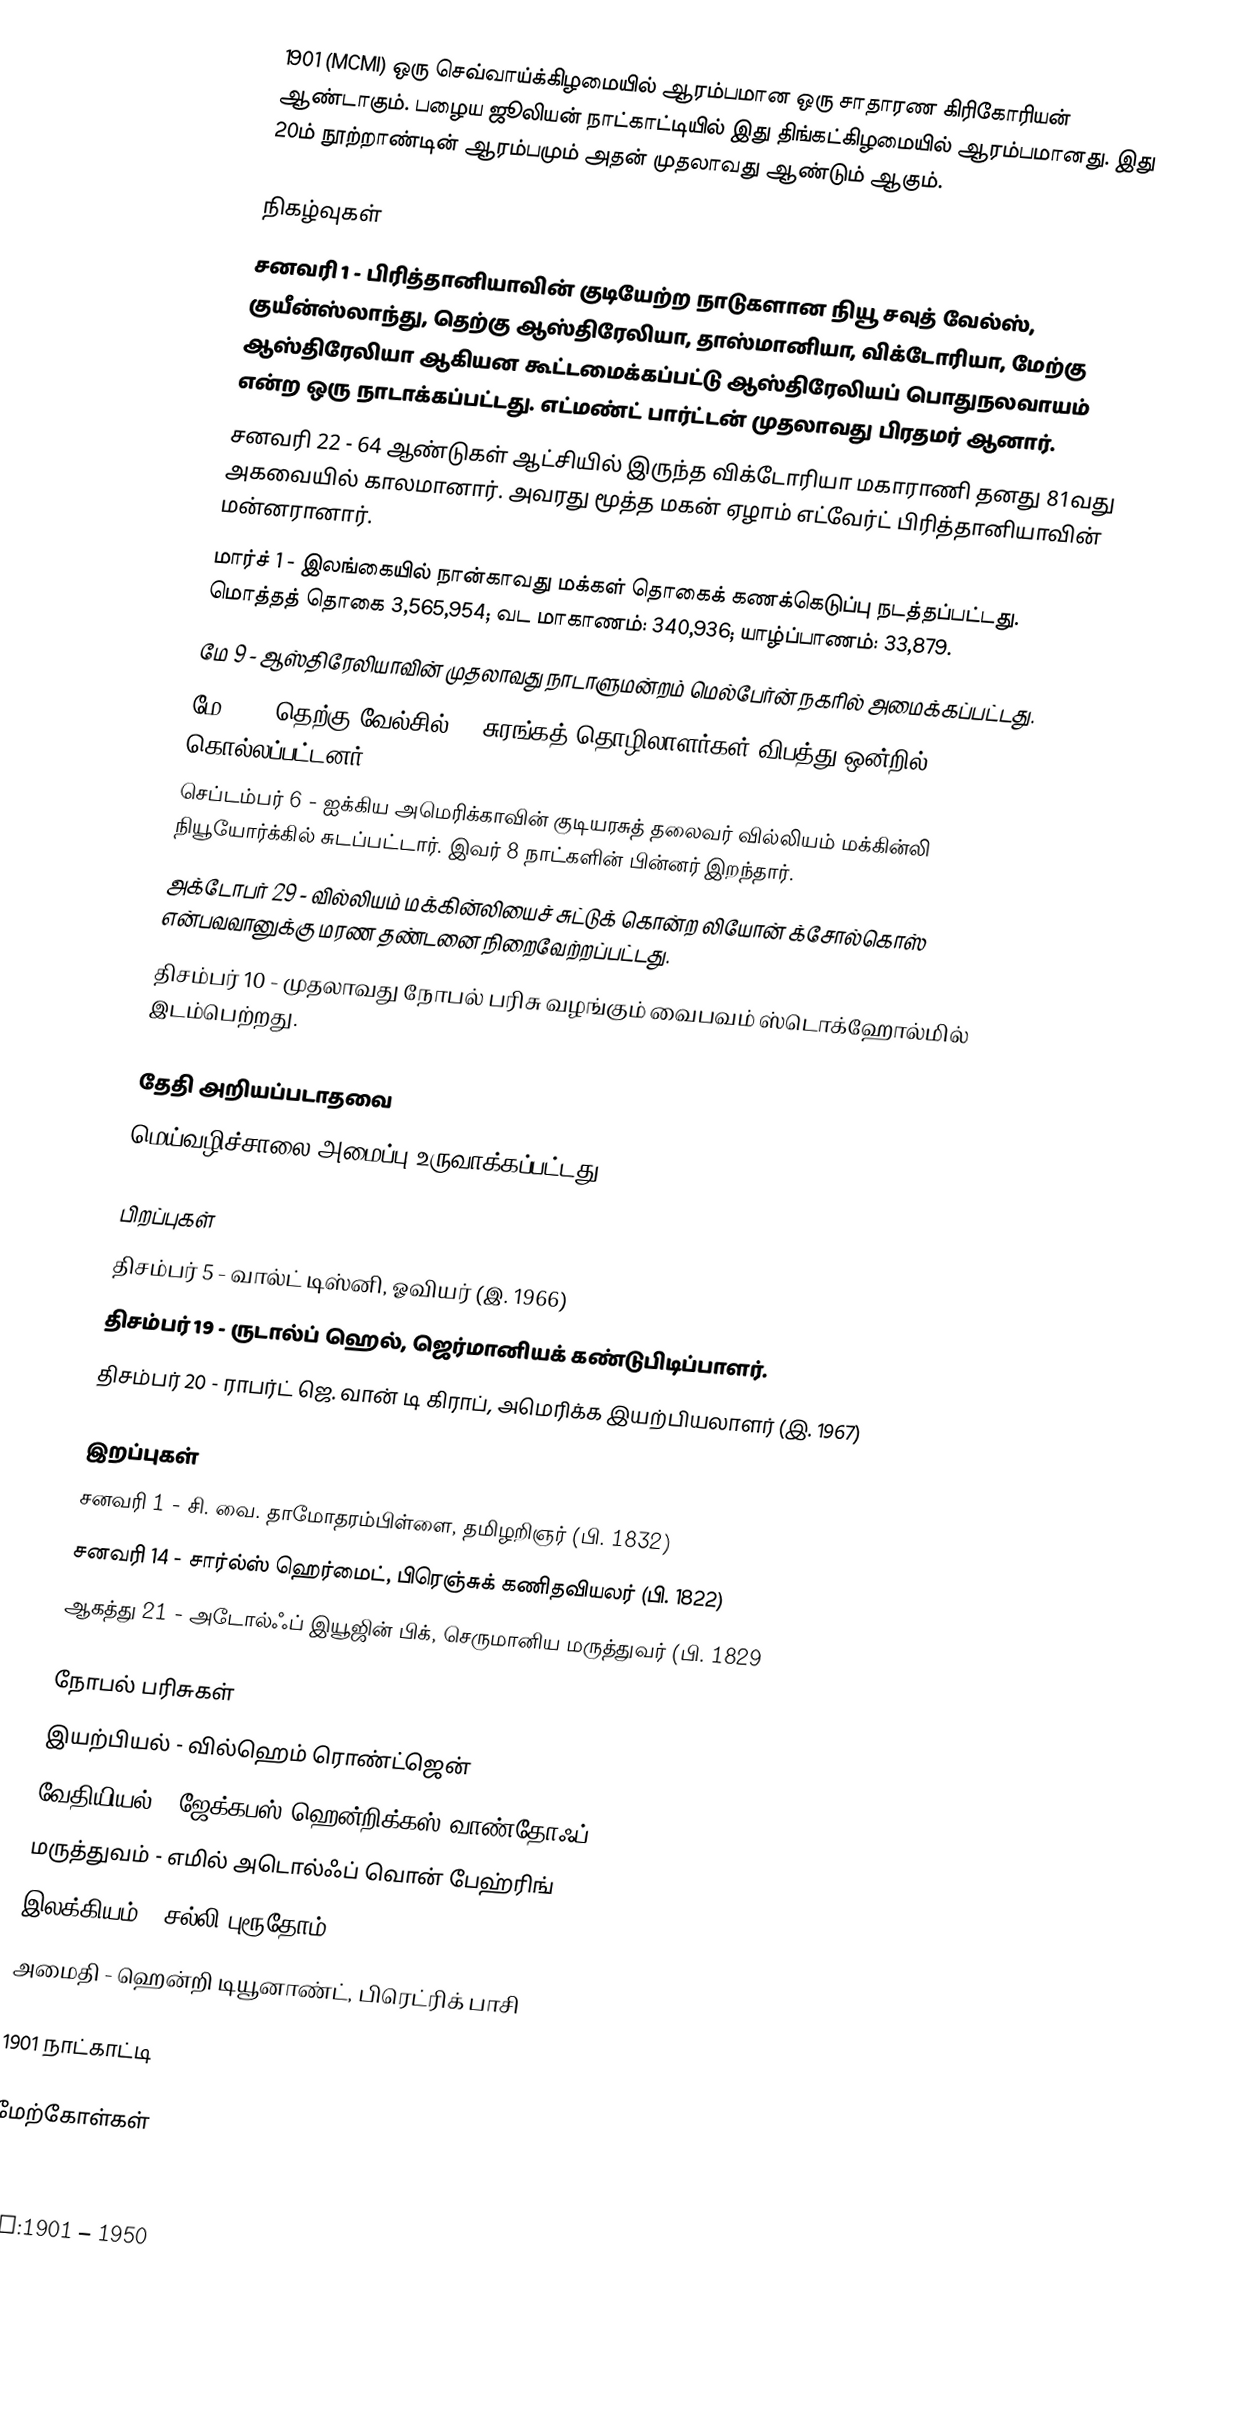
1901  (MCMI) ஒரு செவ்வாய்க்கிழமையில் ஆரம்பமான ஒரு சாதாரண கிரிகோரியன் ஆண்டாகும். பழைய ஜூலியன் நாட்காட்டியில் இது திங்கட்கிழமையில் ஆரம்பமானது. இது 20ம் நூற்றாண்டின் ஆரம்பமும் அதன் முதலாவது ஆண்டும் ஆகும்.

நிகழ்வுகள்
 சனவரி 1 - பிரித்தானியாவின் குடியேற்ற நாடுகளான நியூ சவுத் வேல்ஸ், குயீன்ஸ்லாந்து, தெற்கு ஆஸ்திரேலியா, தாஸ்மானியா, விக்டோரியா, மேற்கு ஆஸ்திரேலியா ஆகியன கூட்டமைக்கப்பட்டு ஆஸ்திரேலியப் பொதுநலவாயம் என்ற ஒரு நாடாக்கப்பட்டது. எட்மண்ட் பார்ட்டன் முதலாவது பிரதமர் ஆனார்.
 சனவரி 22 - 64 ஆண்டுகள் ஆட்சியில் இருந்த விக்டோரியா மகாராணி தனது 81வது அகவையில் காலமானார். அவரது மூத்த மகன் ஏழாம் எட்வேர்ட் பிரித்தானியாவின் மன்னரானார்.
 மார்ச் 1 - இலங்கையில் நான்காவது மக்கள் தொகைக் கணக்கெடுப்பு நடத்தப்பட்டது. மொத்தத் தொகை 3,565,954; வட மாகாணம்: 340,936; யாழ்ப்பாணம்: 33,879.
 மே 9 - ஆஸ்திரேலியாவின் முதலாவது நாடாளுமன்றம் மெல்பேர்ன் நகரில் அமைக்கப்பட்டது.
 மே 24 - தெற்கு வேல்சில் 78 சுரங்கத் தொழிலாளர்கள் விபத்து ஒன்றில் கொல்லப்பட்டனர்.
 செப்டம்பர் 6 - ஐக்கிய அமெரிக்காவின் குடியரசுத் தலைவர் வில்லியம் மக்கின்லி நியூயோர்க்கில் சுடப்பட்டார். இவர் 8 நாட்களின் பின்னர் இறந்தார்.
 அக்டோபர் 29 - வில்லியம் மக்கின்லியைச் சுட்டுக் கொன்ற லியோன் க்சோல்கொஸ் என்பவவானுக்கு மரண தண்டனை நிறைவேற்றப்பட்டது.
 திசம்பர் 10 - முதலாவது நோபல் பரிசு வழங்கும் வைபவம் ஸ்டொக்ஹோல்மில் இடம்பெற்றது.

தேதி அறியப்படாதவை
 மெய்வழிச்சாலை அமைப்பு உருவாக்கப்பட்டது.

பிறப்புகள்
 திசம்பர் 5 - வால்ட் டிஸ்னி, ஓவியர் (இ. 1966)
 திசம்பர் 19 - ருடால்ப் ஹெல், ஜெர்மானியக் கண்டுபிடிப்பாளர்.
 திசம்பர் 20 - ராபர்ட் ஜெ. வான் டி கிராப், அமெரிக்க இயற்பியலாளர் (இ. 1967)

இறப்புகள்
 சனவரி 1 - சி. வை. தாமோதரம்பிள்ளை, தமிழறிஞர் (பி. 1832)
 சனவரி 14 - சார்ல்ஸ் ஹெர்மைட், பிரெஞ்சுக் கணிதவியலர் (பி. 1822)
 ஆகத்து 21 - அடோல்ஃப் இயூஜின் பிக், செருமானிய மருத்துவர் (பி. 1829

நோபல் பரிசுகள்
 இயற்பியல் - வில்ஹெம் ரொண்ட்ஜென்
 வேதியியல் - ஜேக்கபஸ் ஹென்றிக்கஸ் வாண்தோஃப்
 மருத்துவம் - எமில் அடொல்ஃப் வொன் பேஹ்ரிங்
 இலக்கியம் - சல்லி புரூதோம்
 அமைதி -  ஹென்றி டியூனாண்ட், பிரெட்ரிக் பாசி

1901 நாட்காட்டி

மேற்கோள்கள்

nv:1901 – 1950